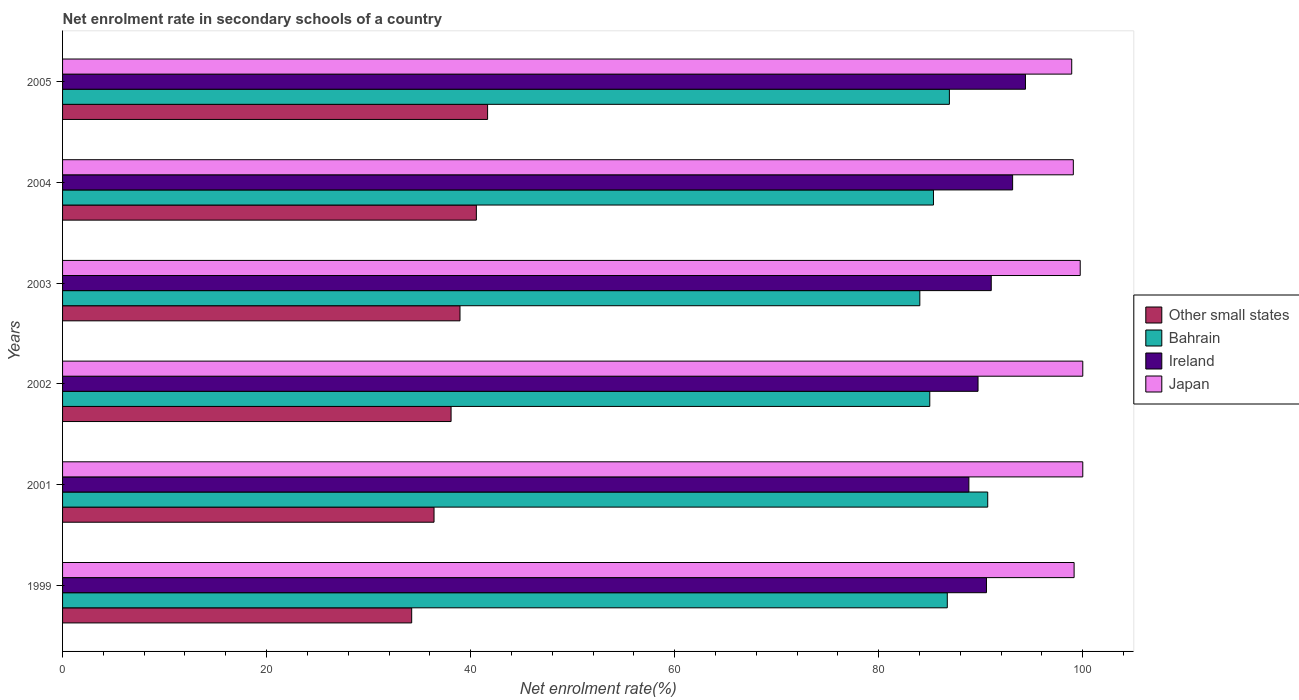
| Years | Other small states | Bahrain | Ireland | Japan |
 | --- | --- | --- | --- | --- |
 | 1999 | 34.2 | 86.7 | 90.6 | 99.1 |
 | 2001 | 36.4 | 90.7 | 88.8 | 100 |
 | 2002 | 38.1 | 85 | 89.7 | 100 |
 | 2003 | 39 | 84 | 91 | 99.7 |
 | 2004 | 40.6 | 85.4 | 93.1 | 99.1 |
 | 2005 | 41.7 | 86.9 | 94.4 | 98.9 |